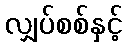
လျှပ်စစ်နှင့်